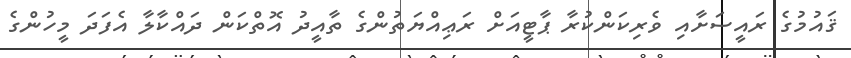
ޤައުމުގެ ރައީސަށާއި ވެރިކަންކުރާ ޕާޓީއަށް ރަޢިއްޔަތުންގެ ތާއީދު އޮތްކަން ދައްކާލާ އެފަދަ މީހުންގެ